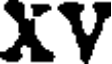
XV